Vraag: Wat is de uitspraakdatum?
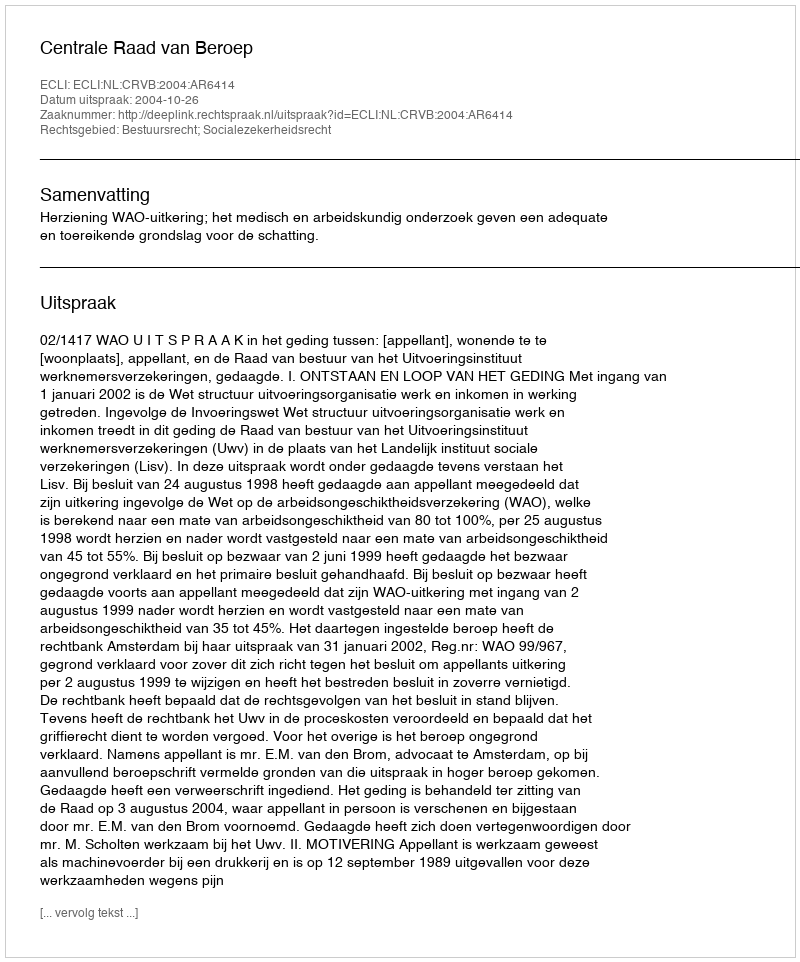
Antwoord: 2004-10-26